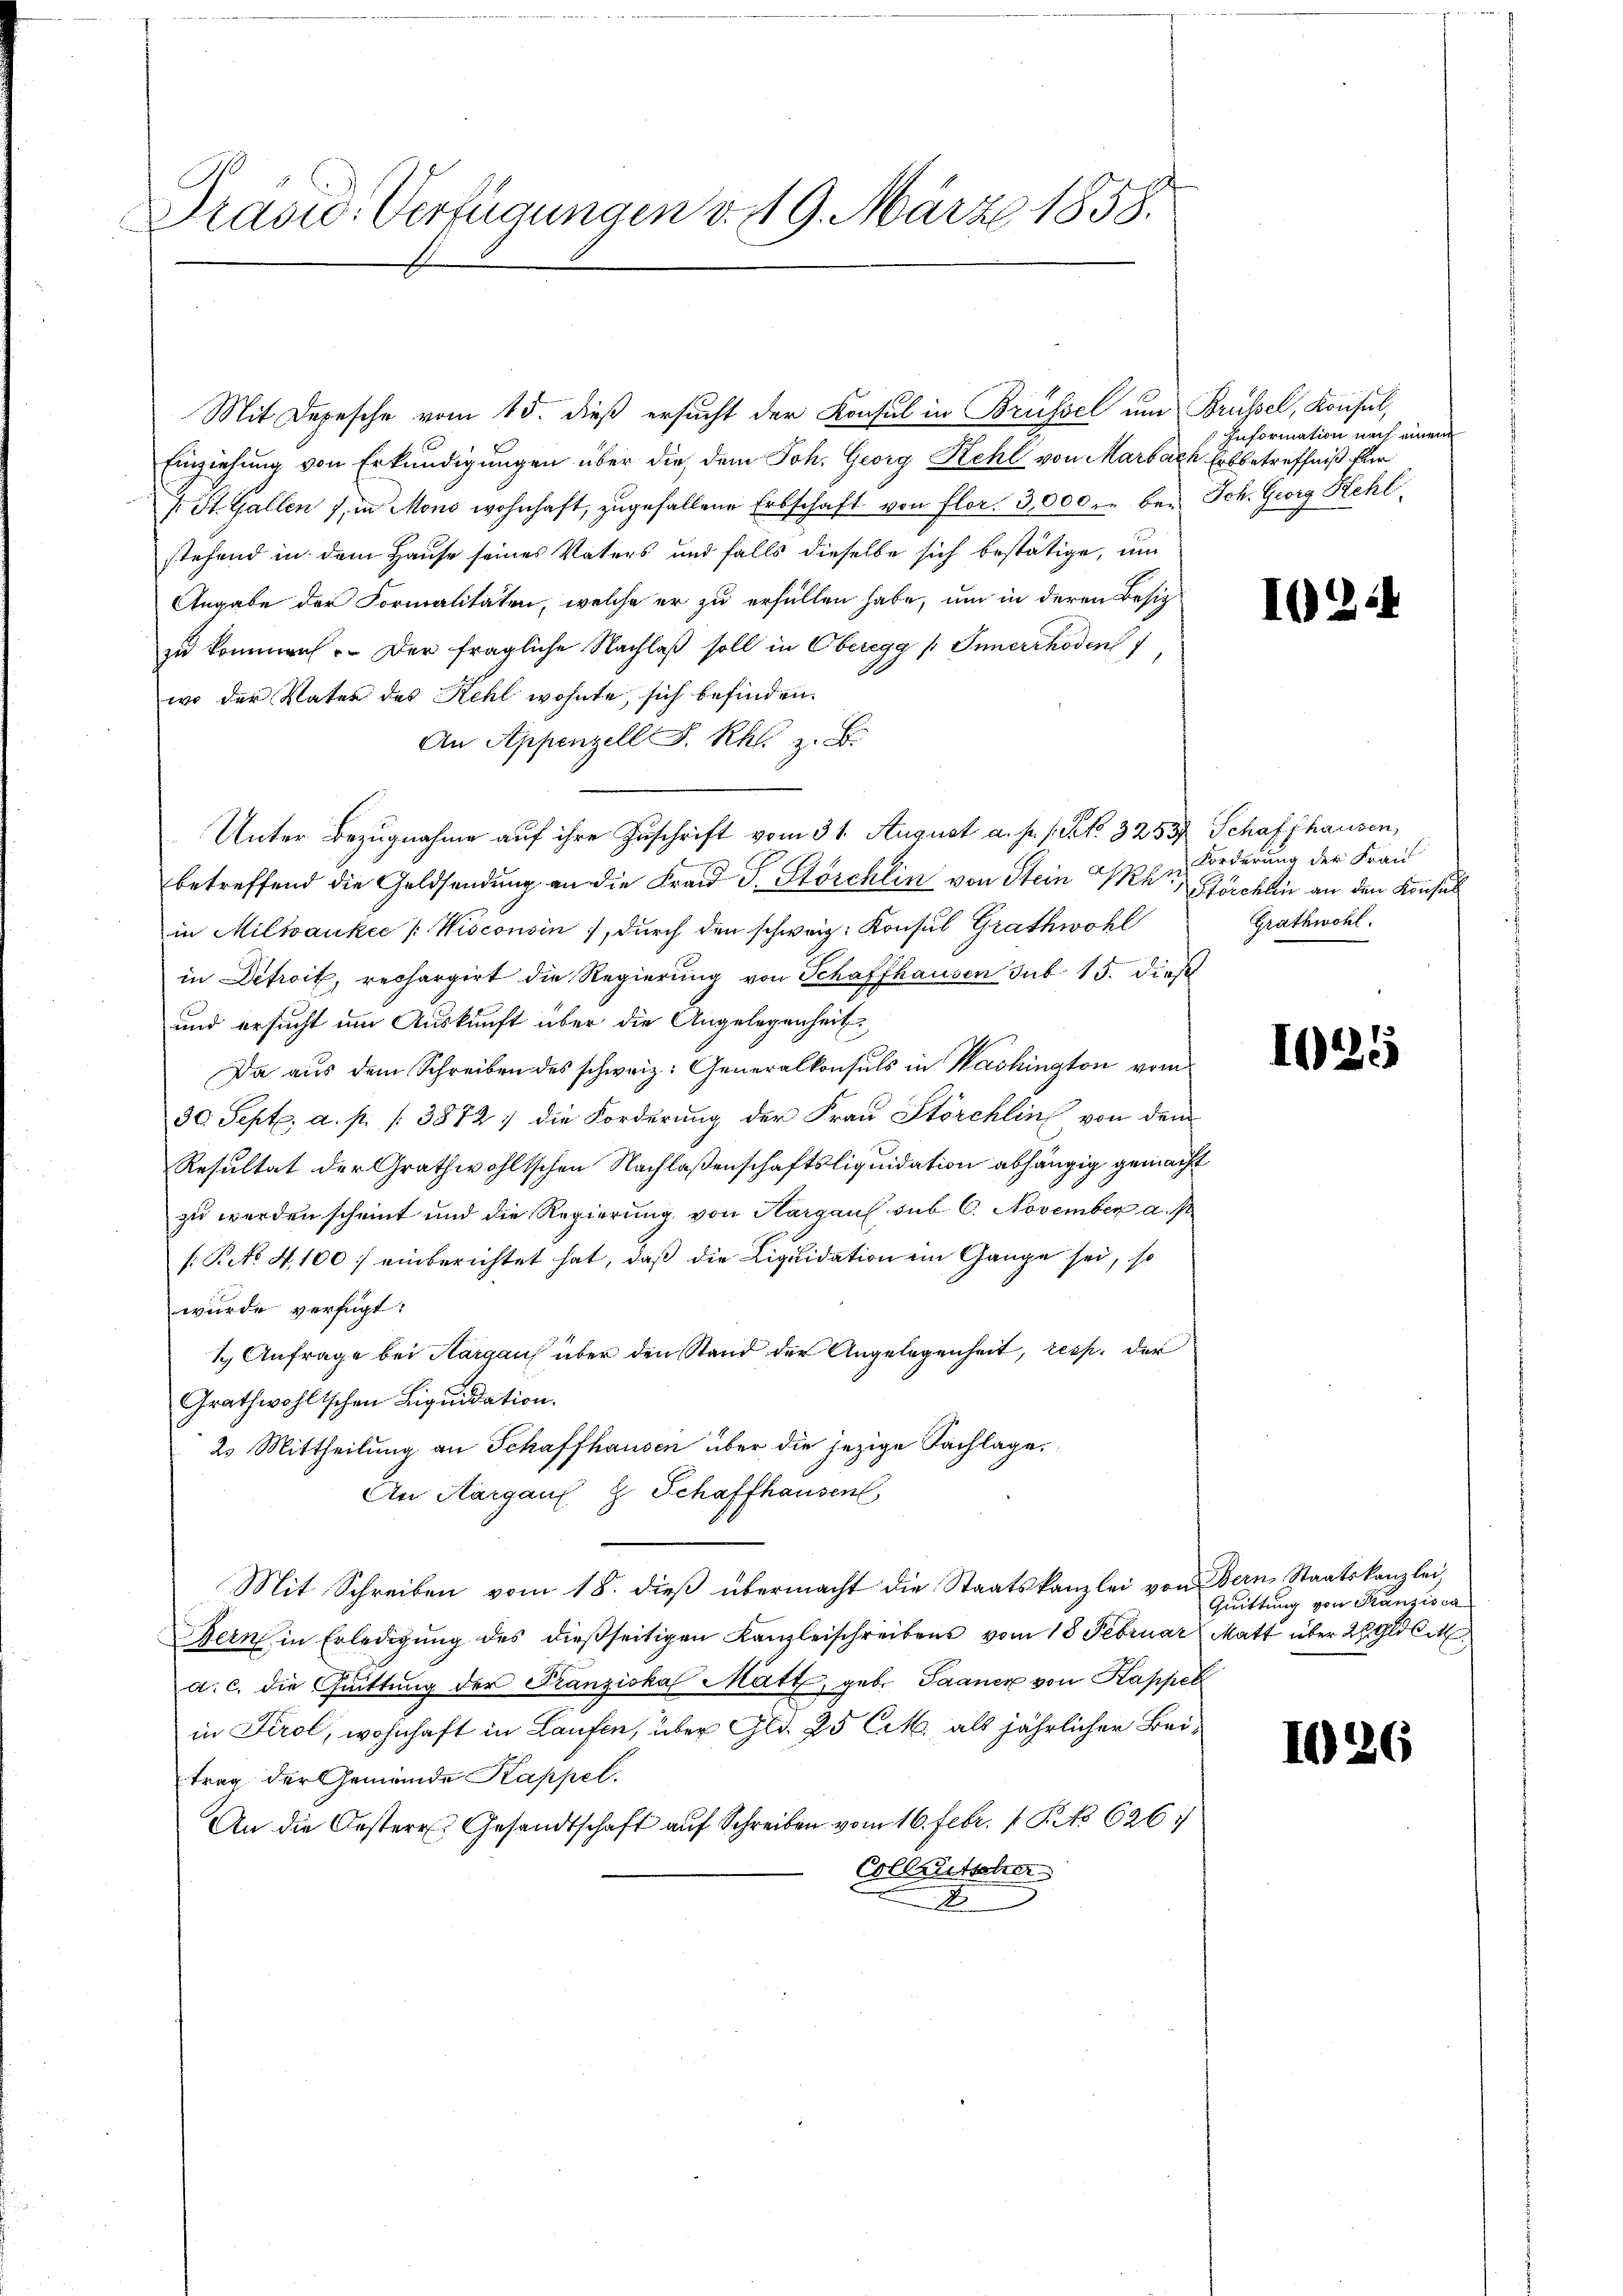
Präsid. Verfügungen v. 19. März 1858.

Mit Depesche vom 15. dieß ersucht der Konsul in Brüssel um Brüssel, Konsul,
Einziehung von Erkundigungen über die dem Joh. Georg Kehl von Marbach Erbbetreffniß für
 St. Gallen in Mono wohnhaft, zugefallene Erbschaft von Flor. 3,000 in bei Joh. Georg Hehl
stehend in dem Hause seines Vaters und falls dieselbe sich bestätige, um
Angabe der Formalitäten, welche er zu erfüllen habe, um in deren Besic
zu kommen. Der fragliche Nachlaß soll in Oberegg / Innerrhoden
wo der Vater des Kehl wohnte, sich befinden.
An Appenzell F. Rhl. z. B.
Unter Bezugnahme auf ihre Zuschrift vom 31. August a. p. s. S. 3253 Schaffhausen,
betreffend die Geldsendung an die Frau P. Störchlin von Stein Uhr,
in Milankee [Wisconsin, durch den schweiz. Konsul Grathwohl
in Detroit, rechargirt die Regierung von Schaffhausen sub 15. dieß
und ersucht um Auskunft über die Angelegenheit
Da aus dem Schreiben des schweiz. Generalkonsuls in Washington vom
30. Sept. a. p. 38727 die Forderung der Frau Störchlin von dem
Resultat der Grathwohltschen Nachlaßenschaftsliquidation abhängig gemacht
zu werden scheint und die Regierung von Aargau sub. C. November a. s
s: Reto 4,100 einberichtet hat, daß die Liquidation ein Gange sei, so
wurde verfügt:
1 Anfrage bei Aargau über den Stand der Angelegenheit, resp. der
Grathwohlischen Liquidation.
2. Mittheilung an Schaffhausen über die jezige Sachlage.
An Aargauf & Schaffhausen
Mit Schreiben vom 18. dieβ übermacht die Staatskanzlei von Bern, Staatskanzlei,
Bern in Erledigung des dießseitigen Kanzleischreibens vom 18 Februar Matt über 2 Gldli
a. c. die Quittung der Franziska Matt, gebe Saaner von Kappel
in Tirol, wohnhaft in Laufen, über Gld. 25 Ct. als jährlicher Beitrag der Gemeinde Kappel.
An die Oestere Gesandtschaft auf Schreiben vom 16. Febr. 1 S. 626.
Colleutsche
A

Information nach einem

163.

Forderung der Frau
Störchlin an den Konsul
Grathwohl.

1025

Quittung von Kranzisca

1026